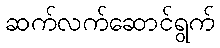
ဆက်လက်ဆောင်ရွက်